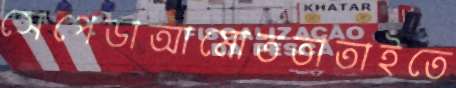
সেপেডাআমোততাতাইতে